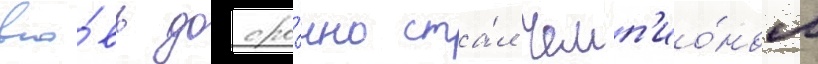
вно́вь досро́чно ста́л чемп'ио́ном